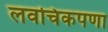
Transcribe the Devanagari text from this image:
लवचिकपणा